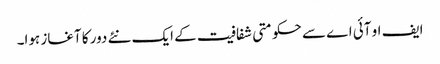
ایف او آئی اے سے حکومتی شفافیت کے ایک نئے دور کا آغاز ہوا۔